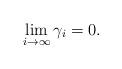
LaTeX: \begin{align*}\lim_{i \to \infty} \gamma_i = 0.\end{align*}